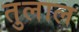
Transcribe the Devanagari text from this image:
तुलाल